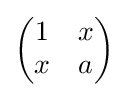
\left({\begin{matrix}1&x\\x&a\end{matrix}}\right)